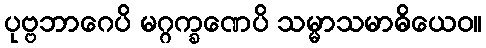
ပုဗ္ဗဘာဂေပိ မဂ္ဂက္ခဏေပိ သမ္မာသမာဓိယေဝ။